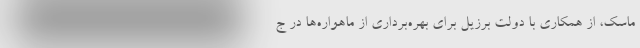
ماسک، از همکاری با دولت برزیل برای بهره‌برداری از ماهواره‌ها در ج